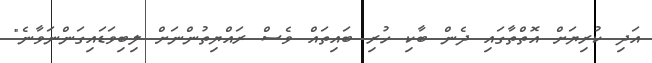
އަދި ކުރިޔަށް އޮތްތާގައި ދެން ބާކި ހުރި ބައިތައް ވެސް ރައްޔިތުންނަށް ލިބިވަޑައިގަންނަވާނެ"